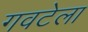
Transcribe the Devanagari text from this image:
गवटेला